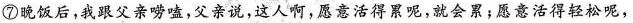
⑦晚饭后，我父亲唠嗑，父亲说，这人啊，愿意活得累呢，就会累；愿意活得轻松呢，